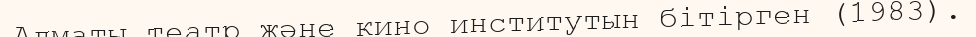
Алматы театр және кино институтын бітірген (1983).